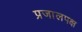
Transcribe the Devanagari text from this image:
प्रजालपक्ष